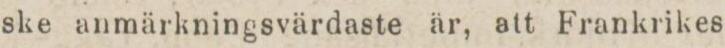
ske anmärkningsvärdaste är, att Frankrikes